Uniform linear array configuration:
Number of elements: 48
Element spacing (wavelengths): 0.5
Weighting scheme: blackman
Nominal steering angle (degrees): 60
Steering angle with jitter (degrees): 60.044
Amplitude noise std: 0.05
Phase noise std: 0.05

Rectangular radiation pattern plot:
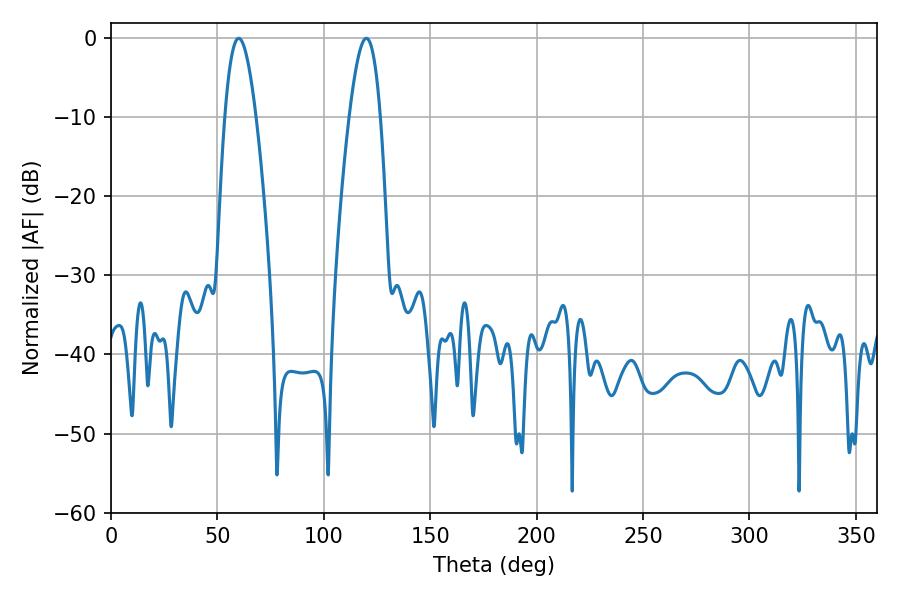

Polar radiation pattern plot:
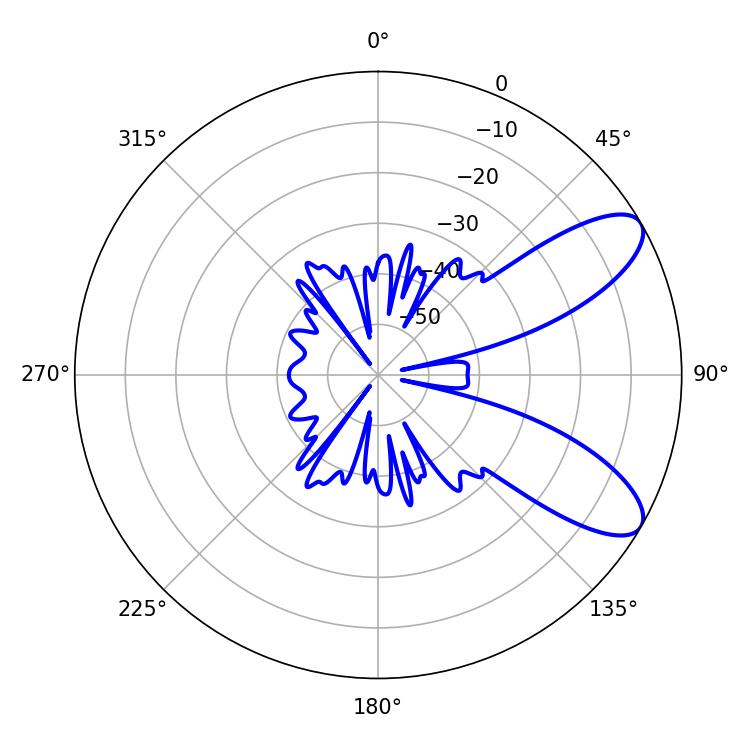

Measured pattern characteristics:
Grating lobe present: FALSE
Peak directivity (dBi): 8.829
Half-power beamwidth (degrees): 7.92
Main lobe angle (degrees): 59.94